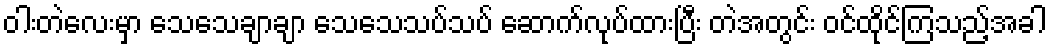
ဝါးတဲလေးမှာ သေသေချာချာ သေသေသပ်သပ် ဆောက်လုပ်ထားပြီး တဲအတွင်း ဝင်ထိုင်ကြသည့်အခါ